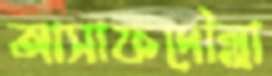
আসাফদৌল্লা